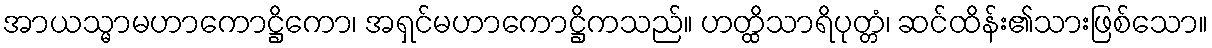
အာယသ္မာမဟာကောဋ္ဌိကော၊ အရှင်မဟာကောဋ္ဌိကသည်။ ဟတ္ထိသာရိပုတ္တံ၊ ဆင်ထိန်း၏သားဖြစ်သော။